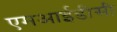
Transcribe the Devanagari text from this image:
एमआईडीसी